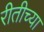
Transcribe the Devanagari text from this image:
रीतीच्या